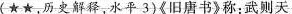
(\star\star，历史解释，水平3)《旧唐书》称：武则天